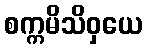
စက္ကမိသိဝှယေ